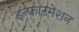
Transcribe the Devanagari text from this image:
इन्फारमेशन